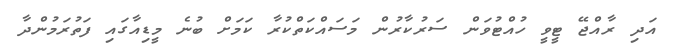
އަދި ރާއްޖޭ ޓީވީ ހުއްޓުވަން ސަރުކާރުން މަސައްކަތްކުރާ ކަމަށް ބުނެ މީޑިއާގައި ފަތުރަމުންދާ